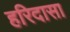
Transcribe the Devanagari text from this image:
हरिदासा